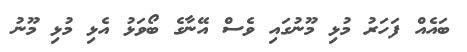
ބައެއް ފަހަރު މުޅި މޫނުގައި ވެސް އޭނާގެ ބޯވަޅު އެޅި މުޅި މޫނު